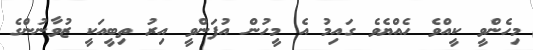
މިހެންވީ ކީއްވެ ހެއްޔެވެ ގައިމު އެ މީހުން އުފަންވީ އިރު ތިބީއަކީ ޒުވާނުންގެ